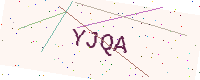
Text: YJQA